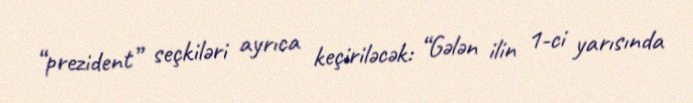
“prezident” seçkiləri ayrıca keçiriləcək: “Gələn ilin 1-ci yarısında